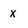
Character: x